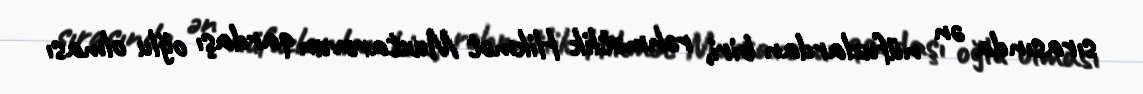
sırasında ən nüfuzlardan biri, rəhmətlik Hikmət Muxtarovun qardaşı oğlu olması